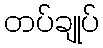
တပ်ချုပ်